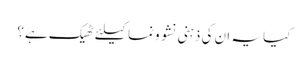
کیا یہ ان کی ذہنی نشو ونما کیلئے ٹھیک ہے؟